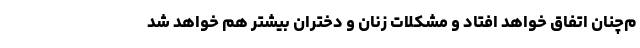
م‌چنان اتفاق خواهد افتاد و مشکلات زنان و دختران بیشتر هم خواهد شد